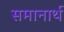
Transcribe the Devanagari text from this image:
समानार्थ